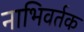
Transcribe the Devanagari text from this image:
नाभिवर्तक